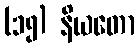
(၁၅) နိယတော